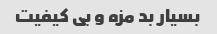
بسیار بد مزه و بی کیفیت